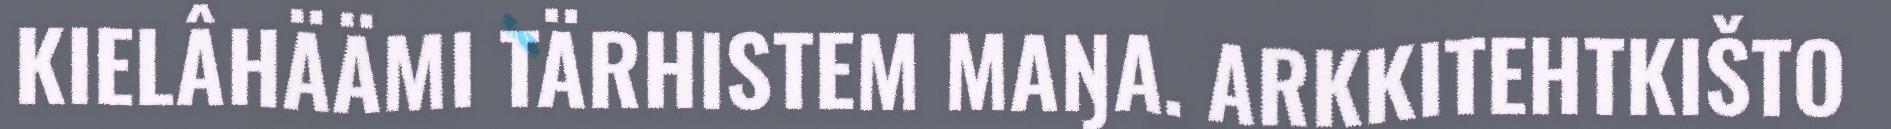
KIELÂHÄÄMI TÄRHISTEM MAŊA. ARKKITEHTKIŠTO